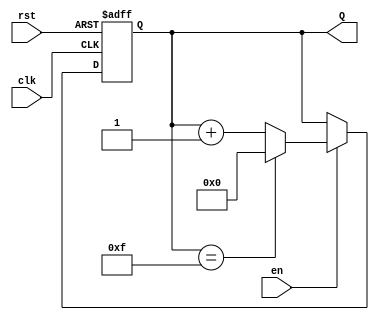
module binary_up_counter #(
    parameter N = 4  // Parameter for the number of bits in the counter
)(
    input wire clk,   // Clock input
    input wire rst,   // Asynchronous reset input
    input wire en,    // Enable input
    output reg [N-1:0] Q  // N-bit output for the counter value
);

    // Always block triggered on the rising edge of the clock
    always @(posedge clk or posedge rst) begin
        if (rst) begin
            // Reset the counter to 0
            Q <= 0;
        end else if (en) begin
            // Increment the counter, wrapping around at 2^N
            Q <= (Q == (1 << N) - 1) ? 0 : Q + 1;
        end
        // If enable is low, the counter retains its current value
    end

endmodule